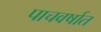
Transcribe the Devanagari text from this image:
पाचवर्षात